Leaving Certificate Examination, 1902
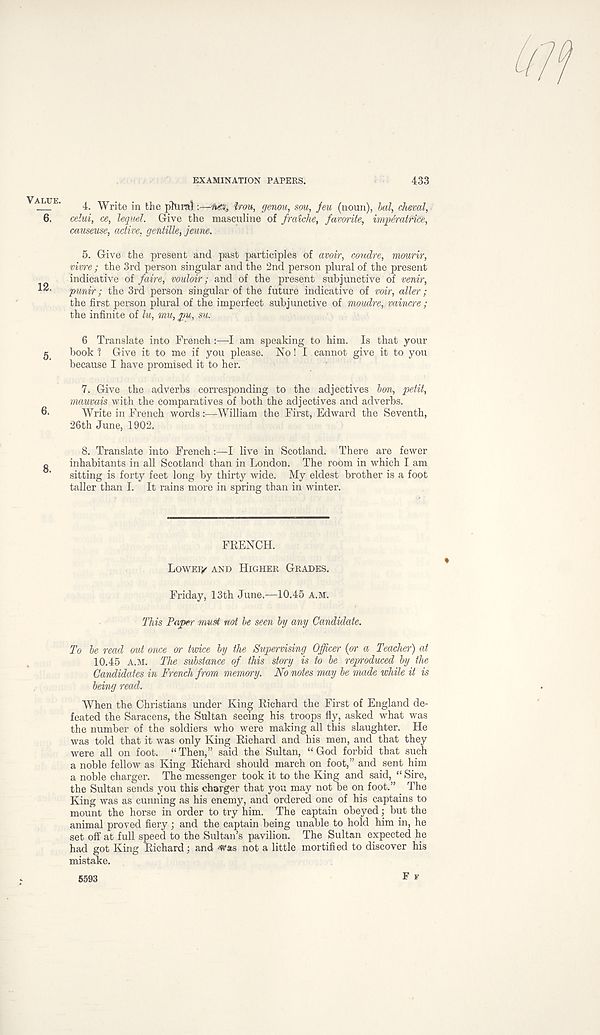
EXAMINATION PAPERS.
433
VALUE.
~6.
12.
5.
6.
8.
4. Write in the plural:—'htfi, iron, genou, sou, jeu (noun), bal, cheval,
celui, ce, lequel. Give the masculine of fraiche, favorite, impdratrice,
causeuse, active, gentille, jeune.
5. Give the present and past participles of avoir, coudre, mourir,
viwe ; the 3rd person singular and the 2nd person plural of the present
indicative of faire, vouloir; and of the present subjunctive of venir,
punir; the 3rd person singular of the future indicative of voir, alter;
the first person plural of the imperfect subjunctive of moudre, vaincre ;
the infinite of lu, mu, pu, su.
6 Translate into French:—I am speaking to him. Is that your
book 1 Give it to me if you please. No! I cannot give it to you
because I have promised it to her.
7. Give the adverbs corresponding to the adjectives bon, petit,
mauvais with the comparatives of both the adjectives and adverbs.
Write in French words:—William the First, Edward the Seventh,
26th June, 1902.
8. Translate into FrenchI live in Scotland. There are fewer
inhabitants in all Scotland than in London. The room in which I am
sitting is forty feet long by thirty wide. My eldest brother is a foot
taller than I. It rains more in spring than in winter.
FRENCH.
LOWEP/ AND HIGHER GRADES.
Friday, 13th June,—10.45 A.M.
This Paper must not be seen by any Candidate.
To be read out once or twice by the Supervising Officer (or a Teacher) at
10.45 A.M. The substance of this story is to be reproduced by the
Candidates in French from memory. No notes may be made while it is
being read.
When the Christians under King Richard the First of England de-
feated the Saracens, the Sultan Seeing his troops fly, asked what was
the number of the soldiers who were making all this slaughter. He
was told that it was only King Richard and his men, and that they
were all on foot. “Then,” said the Sultan, “God forbid that such
a noble fellow as King Richard should march on foot,” and sent him
a noble charger. The messenger took it to the King and said, “ Sire,
the Sultan sends you this charger that you may not be on foot.” _ The
King was as cunning as his enemy, and ordered one of his captains to
mount the horse in order to try him. The captain obeyed; but the
animal proved fiery ; and the captain being unable to hold him in, he
set off at full speed to the Sultan’s pavilion. The Sultan expected he
had got King Richard; and <was not a little mortified to discover his
mistake.
5593
F F